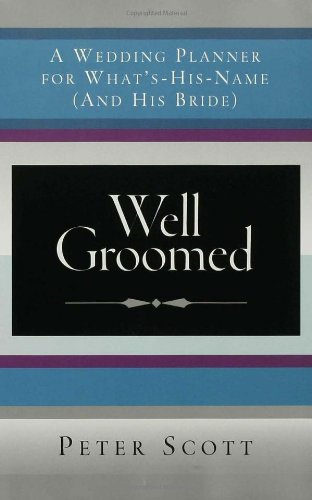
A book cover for Well Groomed: A Wedding Planner for What's-His-Name (and His Bride); Peter Scott; Crafts, Hobbies & Home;